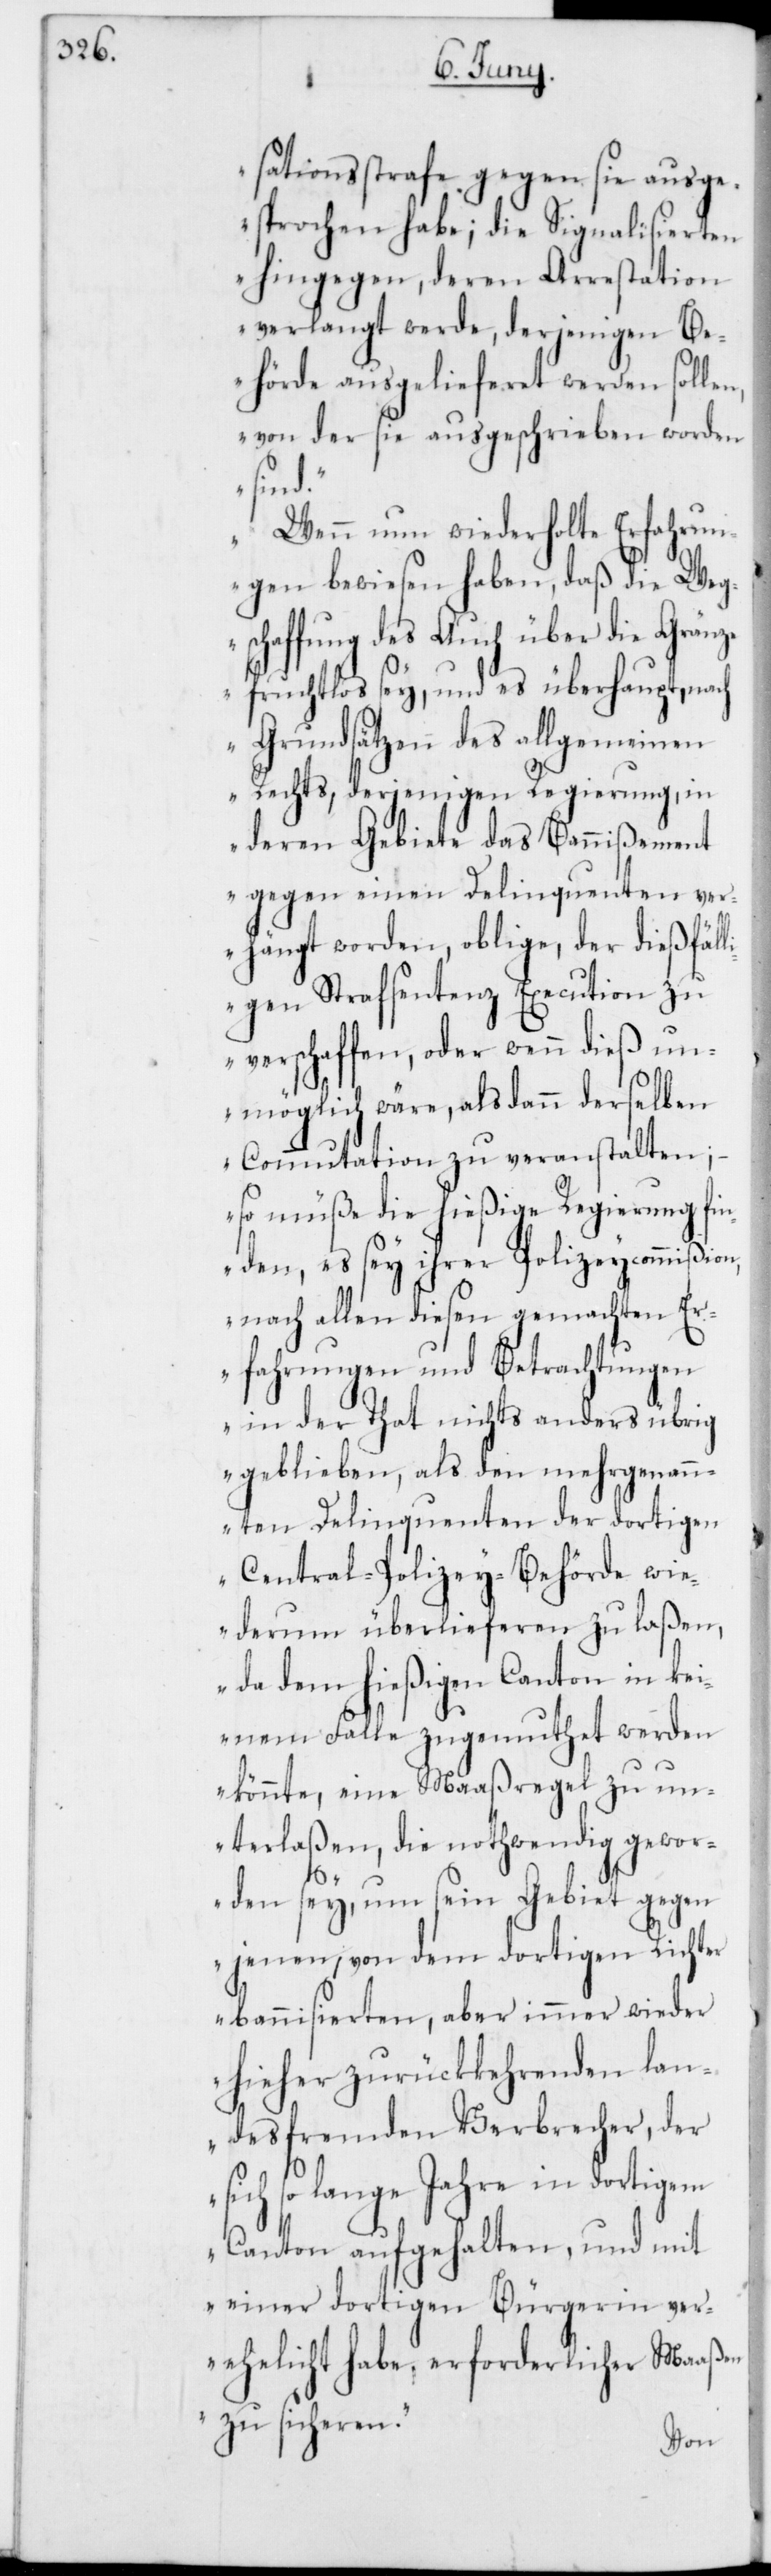
sationsstrafe gegen sie ausge¬
sprochen habe; die Signalisierten
hingegen, deren Arrestation
verlangt werde, derjenigen B¬
ehörde ausgelieferet werden sollen,
von der sie ausgeschrieben worden
sind.“
„Wenn nun wiederholte Erfahrun¬
gen bewiesen haben, daß die Weg¬
schaffung des Auch über die Gränz¬
e fruchtlos sey, und es überhaupt, nach
Grundsätzen des allgemeinen
Rechts, derjenigen Regierung, in
deren Gebiete das Bannißement
gegen einen Deliquenten ver¬
hängt worden, oblige, der dießfäl¬
ligen Strafsentenz Execution zu
verschaffen, oder wenn dieß un¬
möglich wäre, alsdann derselben
Commutation zu veranstalten;
so müße die hießige Regierung fin¬
den, es sey ihrer Polizeycommißion,
nach allen diesen gemachten Er¬
fahrungen und Betrachtungen
in der That nichts anders übrig
geblieben, als den mehrgenan¬
nten Delinquenten der dortigen
Central-Polizey-Behörde wi¬
ederum überlieferen zu laßen,
da dem hießigen Canton in kei¬
nem Falle zugemuthet werden
könnte, eine Maaßregel zu un¬
terlaßen, die nothwendig gewor¬
den sey, um sein Gebiet gegen
jenen, von dem dortigen Richter
bannisierten, aber immer wieder
hieher zurückkehrenden lan¬
desfremden Verbrecher, der
sich so lange Jahre in dortigem
Canton aufgehalten, und mit
einer dortigen Bürgerin ver¬
ehelicht habe, erforderlicher Maaßen
zu sicheren.“